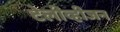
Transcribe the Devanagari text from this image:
टेलीव्हीजन